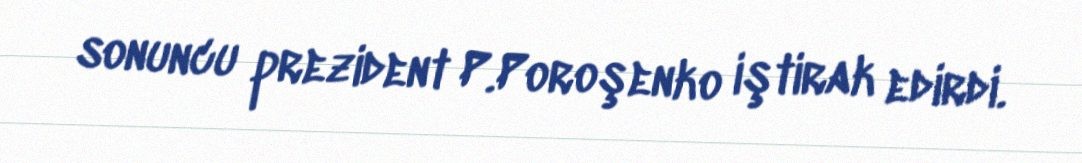
sonuncu prezident P.Poroşenko iştirak edirdi.